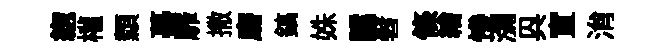
緫權纇摹靡撒磨鎬姝譌髫條繪慘瀰㒷宣㳙